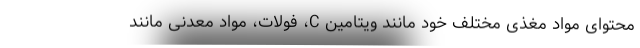
محتوای مواد مغذی مختلف خود مانند ویتامین C، فولات، مواد معدنی مانند